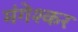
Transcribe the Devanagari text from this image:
मंगेश्कर